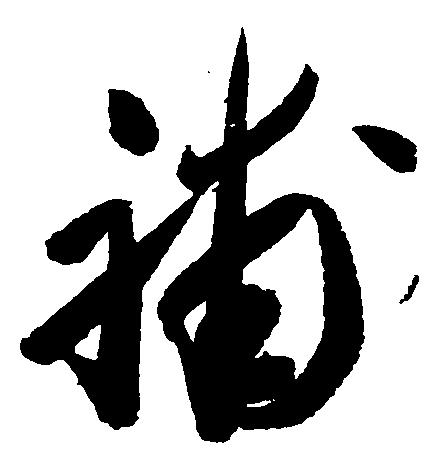
補